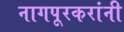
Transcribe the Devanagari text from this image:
नागपूरकरांनी